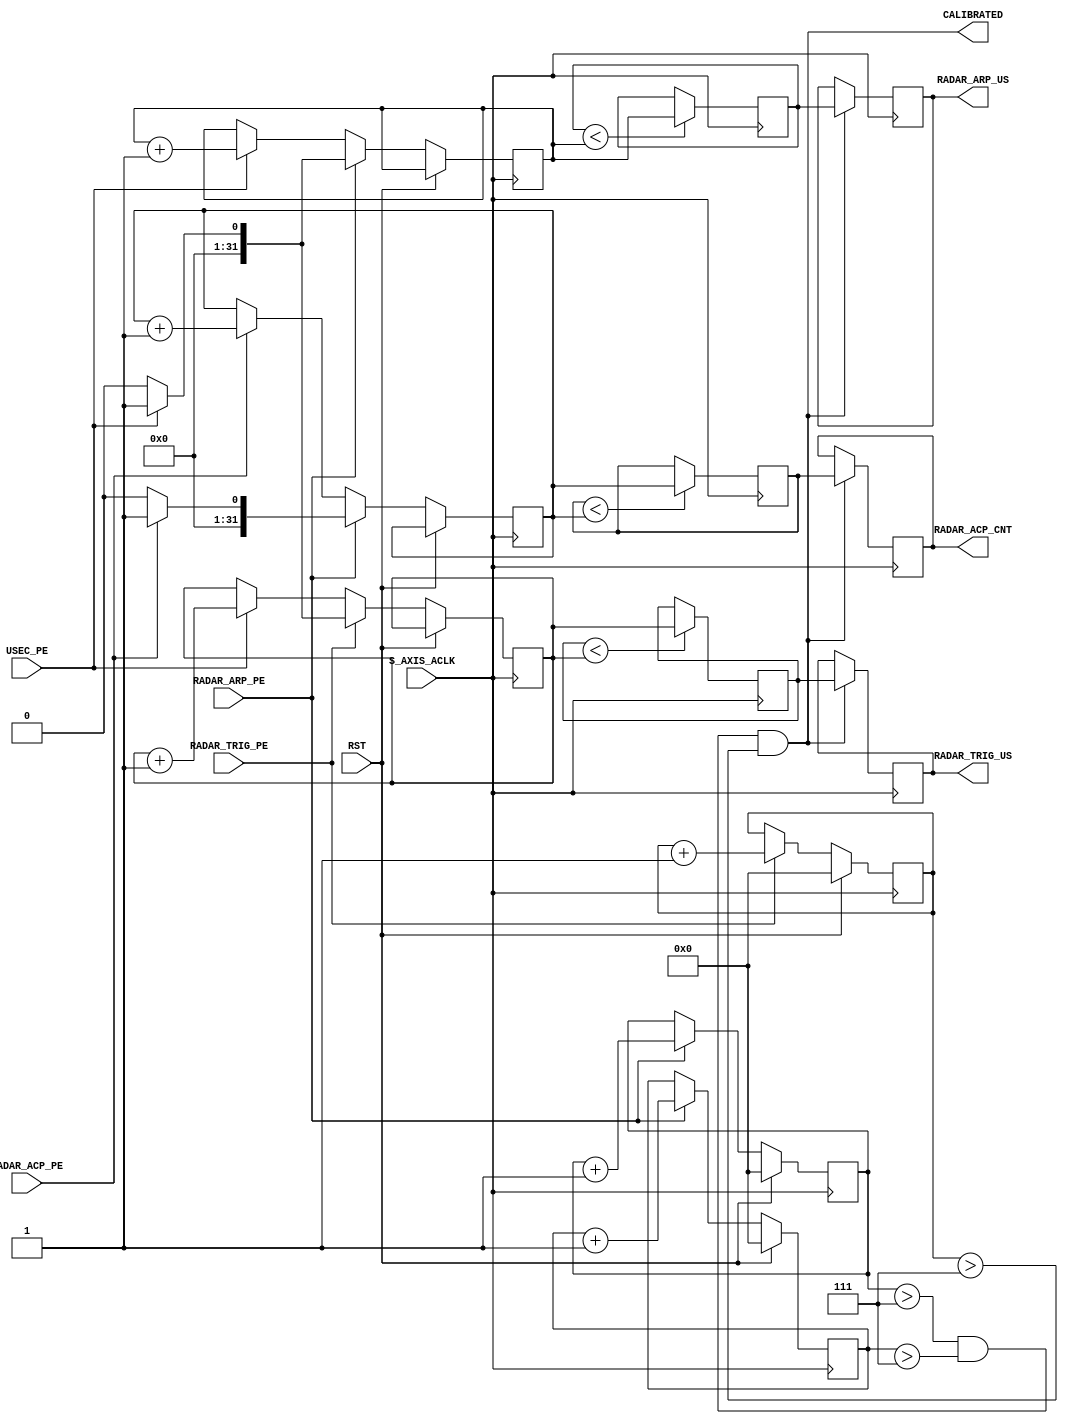
module radar_statistics #
    (
        parameter DATA_WIDTH = 32
    )
    (
    
        (* X_INTERFACE_PARAMETER = "POLARITY ACTIVE_HIGH" *)
        input RST,
        
        // RADAR ARP signal - posedge signals North, one turn of the antenna
        input RADAR_ARP_PE,

        // RADAR ACP signal - LSB of the rotation encoder
        input RADAR_ACP_PE,

        // RADAR TRIG signal - posedge signals the antenna transmission start
        input RADAR_TRIG_PE,

        // constant microseconds clock
        input wire USEC_PE,

        // PL system clock

        input S_AXIS_ACLK,

        // Signals that the measurements are stable
        output CALIBRATED,

        // ARP signal period
        (* MARK_DEBUG="true" *)
        output reg [DATA_WIDTH-1:0] RADAR_ARP_US = 0,

        // Number of ACPs between two ARPs
        (* MARK_DEBUG="true" *)
        output reg [DATA_WIDTH-1:0] RADAR_ACP_CNT = 0,

        // TRIG signal period
        (* MARK_DEBUG="true" *)
        output reg [DATA_WIDTH-1:0] RADAR_TRIG_US = 0
    );

    reg [DATA_WIDTH-1:0] arp_us_tmp = 0;
    reg [DATA_WIDTH-1:0] arp_us_max = 0;

    reg [DATA_WIDTH-1:0] acp_cnt_tmp = 0;
    reg [DATA_WIDTH-1:0] acp_cnt_max = 0;

    reg [DATA_WIDTH-1:0] trig_us_tmp = 0;
    reg [DATA_WIDTH-1:0] trig_us_max = 0;   
        
    reg [DATA_WIDTH-1:0] arp_sample_count = 0;
    reg [DATA_WIDTH-1:0] acp_sample_count = 0;
    reg [DATA_WIDTH-1:0] trig_sample_count = 0;
    
    assign CALIBRATED = (arp_sample_count > 7) && (acp_sample_count > 7) && (trig_sample_count > 7);

    always @(posedge S_AXIS_ACLK) begin
    
        if (arp_us_max < arp_us_tmp) begin
            arp_us_max <= arp_us_tmp;
        end
           
        if (acp_cnt_max < acp_cnt_tmp) begin
            acp_cnt_max <= acp_cnt_tmp;
        end
        
        if (trig_us_max < trig_us_tmp) begin
            trig_us_max <= trig_us_tmp;
        end
    end

    always @(posedge S_AXIS_ACLK) begin
        if (CALIBRATED) begin
            RADAR_ARP_US <= arp_us_max;
            RADAR_ACP_CNT <= acp_cnt_max;            
            RADAR_TRIG_US <= trig_us_max;
        end 
    end

    // keep track of microseconds passed between ARPs
    always @(posedge S_AXIS_ACLK) begin
        if (RST) begin
            arp_sample_count <= 0;
        end else if (RADAR_ARP_PE) begin
        
            arp_sample_count <= arp_sample_count + 1;
            
            // edge case handling when both signals appear at the same time
            // without this the count would be off by -1
            if (USEC_PE) begin
                arp_us_tmp <= 1;
            end else begin
                arp_us_tmp <= 0;
            end

        end else if (USEC_PE) begin
            arp_us_tmp <= arp_us_tmp + 1;
        end
    end


    // keep track of ACP counts between ARPs
    always @(posedge S_AXIS_ACLK) begin
         if (RST) begin
            acp_sample_count <= 0;
         end else if (RADAR_ARP_PE) begin
            
            acp_sample_count <= acp_sample_count + 1;
            
            // edge case handling when both signals appear at the same time
            // without this the count would be off by -1
            if (RADAR_ACP_PE) begin
                acp_cnt_tmp <= 1;
            end else begin
                acp_cnt_tmp <= 0;
            end

        end else if (RADAR_ACP_PE) begin
            acp_cnt_tmp <= acp_cnt_tmp + 1;
        end
    end


    // keep track of microseconds between TRIGs
    always @(posedge S_AXIS_ACLK) begin
        if (RST) begin
            trig_sample_count <= 0;
        end else if (RADAR_TRIG_PE) begin
            
            trig_sample_count <= trig_sample_count + 1;
                                    
            // edge case handling when both signals appear at the same time
            // without this the count would be off by -1
            if (USEC_PE) begin
                trig_us_tmp <= 1;
            end else begin
                trig_us_tmp <= 0;
            end

        end else if (USEC_PE) begin
            trig_us_tmp <= trig_us_tmp + 1;
        end
    end

endmodule